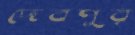
দেবপুর